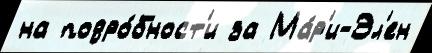
на подро́бност'и за Ма́р'и-Эл'ен